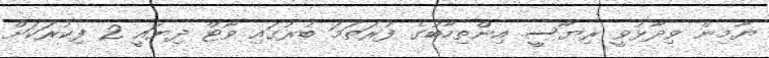
ޔާމިން ވިދާޅުވީ ރިޔާސީ އިންތިހާބުގެ ފުރަތަމަ ބުރުގައި ވޯޓް ދިޔައީ 2 ފިކުރަކަށް